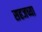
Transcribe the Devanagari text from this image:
सहजच्या